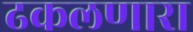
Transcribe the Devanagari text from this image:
ढकलणारा